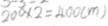
2 0 0 \times 2 = 4 0 0 ( m )